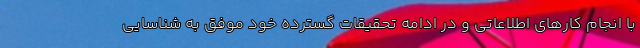
با انجام کارهای اطلاعاتی و در ادامه تحقیقات گسترده خود موفق به شناسایی